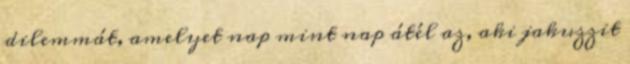
dilemmát, amelyet nap mint nap átél az, aki jakuzzit